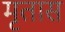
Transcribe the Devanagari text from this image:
मृतास